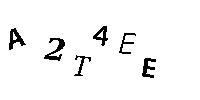
A2T4EE